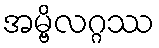
အမ္ဗိလဂ္ဂဿ